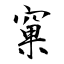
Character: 窠